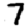
Digit: 7